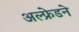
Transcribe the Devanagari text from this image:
अल्फ्रेडने